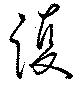
護